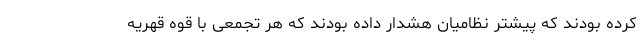
کرده بودند که پیشتر نظامیان هشدار داده بودند که هر تجمعی با قوه قهریه